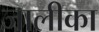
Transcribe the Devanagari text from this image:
जालीका